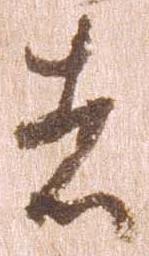
者